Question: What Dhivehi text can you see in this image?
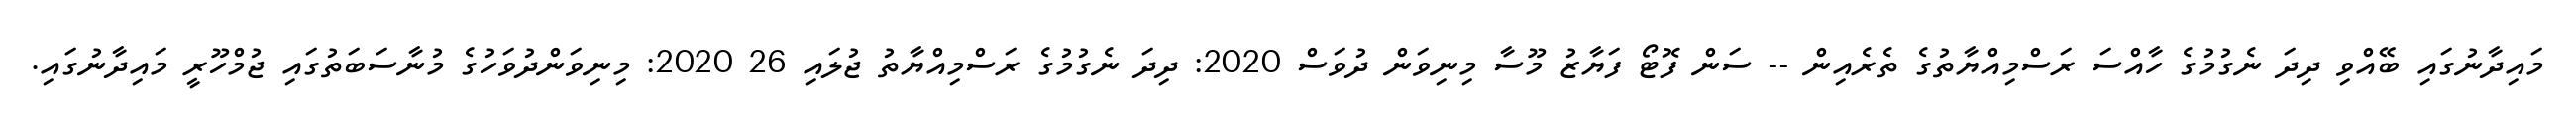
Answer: މައިދާނުގައި ބޭއްވި ދިދަ ނެގުމުގެ ހާއްސަ ރަސްމިއްޔާތުގެ ތެރެއިން -- ސަން ފޮޓޯ ފަޔާޒު މޫސާ މިނިވަން ދުވަސް 2020: ދިދަ ނެގުމުގެ ރަސްމިއްޔާތު ޖުލައި 26 2020: މިނިވަންދުވަހުގެ މުނާސަބަތުގައި ޖުމްހޫރީ މައިދާނުގައި.